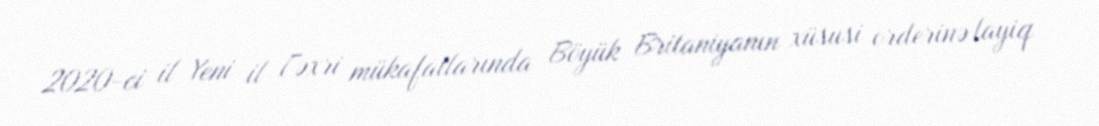
2020-ci il Yeni il Fəxri mükafatlarında Böyük Britaniyanın xüsusi orderinə layiq